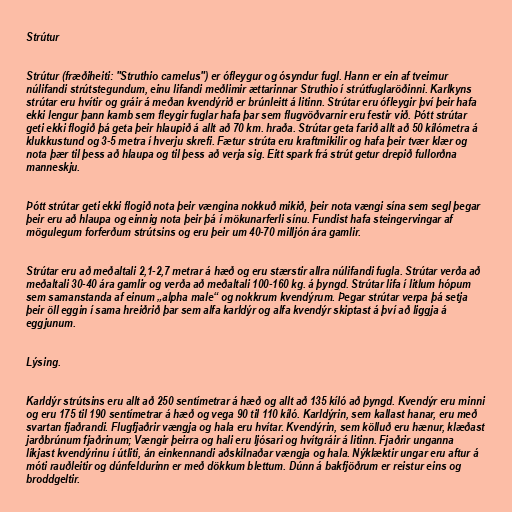
Strútur

Strútur (fræðiheiti: "Struthio camelus") er ófleygur og ósyndur fugl. Hann er ein af tveimur
núlifandi strútstegundum, einu lifandi meðlimir ættarinnar Struthio í strútfuglaröðinni. Karlkyns
strútar eru hvítir og gráir á meðan kvendýrið er brúnleitt á litinn. Strútar eru ófleygir því þeir hafa
ekki lengur þann kamb sem fleygir fuglar hafa þar sem flugvöðvarnir eru festir við. Þótt strútar
geti ekki flogið þá geta þeir hlaupið á allt að 70 km. hraða. Strútar geta farið allt að 50 kílómetra á
klukkustund og 3-5 metra í hverju skrefi. Fætur strúta eru kraftmikilir og hafa þeir tvær klær og
nota þær til þess að hlaupa og til þess að verja sig. Eitt spark frá strút getur drepið fullorðna
manneskju.

Þótt strútar geti ekki flogið nota þeir vængina nokkuð mikið, þeir nota vængi sína sem segl þegar
þeir eru að hlaupa og einnig nota þeir þá í mökunarferli sínu. Fundist hafa steingervingar af
mögulegum forferðum strútsins og eru þeir um 40-70 milljón ára gamlir.

Strútar eru að meðaltali 2,1-2,7 metrar á hæð og eru stærstir allra núlifandi fugla. Strútar verða að
meðaltali 30-40 ára gamlir og verða að meðaltali 100-160 kg. á þyngd. Strútar lifa í litlum hópum
sem samanstanda af einum „alpha male“ og nokkrum kvendýrum. Þegar strútar verpa þá setja
þeir öll eggin í sama hreiðrið þar sem alfa karldýr og alfa kvendýr skiptast á því að liggja á
eggjunum.

Lýsing.

Karldýr strútsins eru allt að 250 sentímetrar á hæð og allt að 135 kíló að þyngd. Kvendýr eru minni
og eru 175 til 190 sentímetrar á hæð og vega 90 til 110 kíló. Karldýrin, sem kallast hanar, eru með
svartan fjaðrandi. Flugfjaðrir vængja og hala eru hvítar. Kvendýrin, sem kölluð eru hænur, klæðast
jarðbrúnum fjaðrinum; Vængir þeirra og hali eru ljósari og hvítgráir á litinn. Fjaðrir unganna
líkjast kvendýrinu í útliti, án einkennandi aðskilnaðar vængja og hala. Nýklæktir ungar eru aftur á
móti rauðleitir og dúnfeldurinn er með dökkum blettum. Dúnn á bakfjöðrum er reistur eins og
broddgeltir.